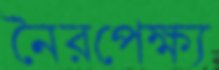
নৈরপেক্ষ্য